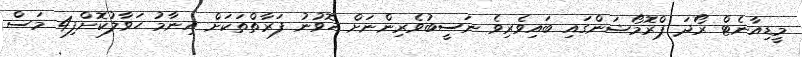
މީޑިއާނެޓް ރޯދަ ޕްރޮމޯޝަންގައި ބައިވެރިވެ ނަސީބުވެރިންނަށް ހޮވުނު ފަރާތްތަކަށް އިނާމު ހަވާލުކޮށްފި4 މަސް